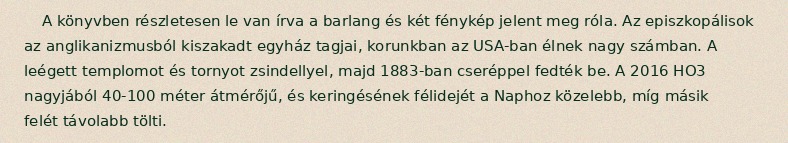
A könyvben részletesen le van írva a barlang és két fénykép jelent meg róla. Az episzkopálisok az anglikanizmusból kiszakadt egyház tagjai, korunkban az USA-ban élnek nagy számban. A leégett templomot és tornyot zsindellyel, majd 1883-ban cseréppel fedték be. A 2016 HO3 nagyjából 40-100 méter átmérőjű, és keringésének félidejét a Naphoz közelebb, míg másik felét távolabb tölti.